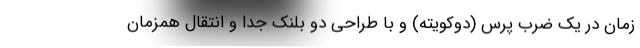
زمان در یک ضرب پرس (دوکویته) و با طراحی دو بلنک جدا و انتقال همزمان